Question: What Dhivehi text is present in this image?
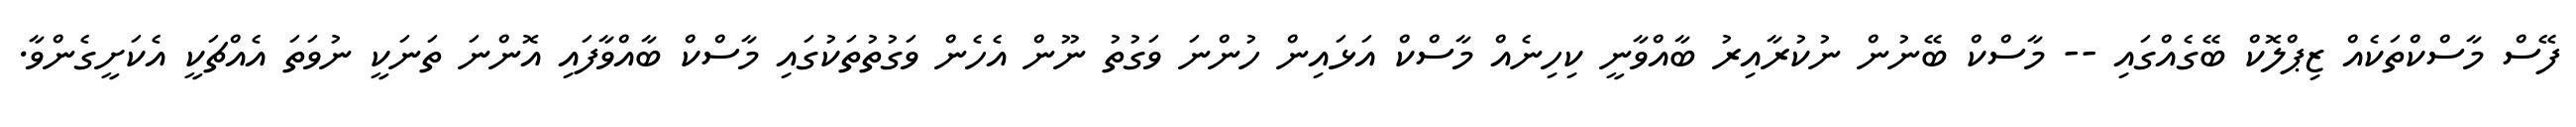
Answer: ފޭސް މާސްކްތަކެއް ޒިޕްލޮކް ބޭގެއްގައި -- މާސްކް ބޭނުން ނުކުރާއިރު ބާއްވާނީ ކިހިނެއް މާސްކް އަޅައިން ހުންނަ ވަގުތު ނޫން އެހެން ވަގުތުތަކުގައި މާސްކް ބާއްވާފައި އޮންނަ ތަނަކީ ނުވަތަ އެއްޗަކީ އެކަށީގެންވާ.